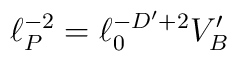
\ell_P^{-2} = \ell_0^{-D^{\prime} + 2} V_B^{\prime}